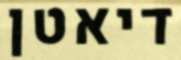
דיאטן